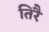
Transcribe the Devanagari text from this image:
तिरै